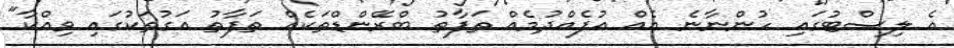
އެ ލިސްޓުގައި ހުންނާނެ އެއް އުފެއްދުމެއް ތަފާތު ބްރޭންޑްތަކެއް ތަފާތު އަގުތަކުގައި ވިއްކާ"